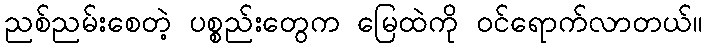
ညစ်ညမ်းစေတဲ့ ပစ္စည်းတွေက မြေထဲကို ဝင်ရောက်လာတယ်။